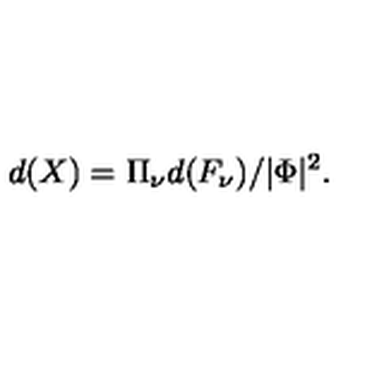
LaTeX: d ( X ) = { \Pi } _ { \nu } d ( F _ { \nu } ) / | \Phi | ^ { 2 } .